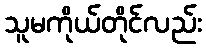
သူမကိုယ်တိုင်လည်း